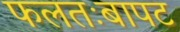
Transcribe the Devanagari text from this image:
फलतःबापट